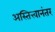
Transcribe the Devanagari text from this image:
अस्तित्त्वानंतर